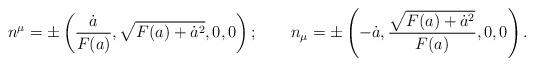
LaTeX: \begin{align*}n^\mu = \pm\left({\dot a\over F(a)},\sqrt{F(a)+ \dot a^2},0,0\right); \qquad n_\mu = \pm\left(-\dot a,{\sqrt{F(a)+\dot a^2}\over F(a)},0,0\right).\end{align*}